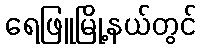
ရေဖြူမြို့နယ်တွင်